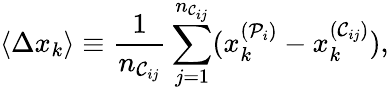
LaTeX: \langle\Delta x_{k}\rangle\equiv\frac{1}{n_{\mathcal{C}_{ij}}}\sum_{j=1}^{n_{\mathcal{C}_{ij}}}(x_{k}^{(\mathcal{P}_{i})}-x_{k}^{(\mathcal{C}_{ij})}),